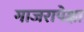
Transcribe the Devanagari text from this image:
गाजरापेक्षा